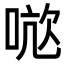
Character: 𭈤